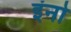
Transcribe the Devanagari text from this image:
इंनो